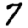
Digit: 7